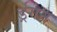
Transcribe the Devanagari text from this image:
र्ड्रगन